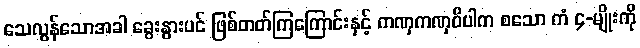
သေလွန်သောအခါ ခွေးနွားပင် ဖြစ်တတ်ကြကြောင်းနှင့် ကဏှကဏှဝိပါက စသော ကံ ၄-မျိုးကို